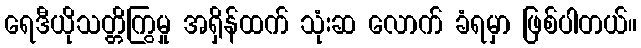
ရေဒီယိုသတ္တိကြွမှု အရှိန်ထက် သုံးဆ လောက် ခံရမှာ ဖြစ်ပါတယ်။